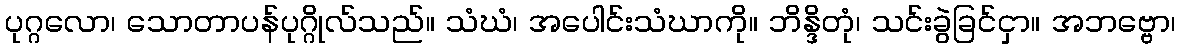
ပုဂ္ဂလော၊ သောတာပန်ပုဂ္ဂိုလ်သည်။ သံဃံ၊ အပေါင်းသံဃာကို။ ဘိန္ဒိတုံ၊ သင်းခွဲခြင်ငှာ။ အဘဗ္ဗော၊